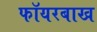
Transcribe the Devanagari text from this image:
फॉयरबाख